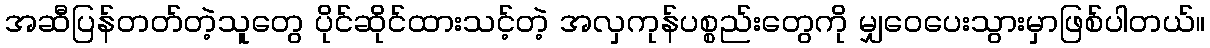
အဆီပြန်တတ်တဲ့သူတွေ ပိုင်ဆိုင်ထားသင့်တဲ့ အလှကုန်ပစ္စည်းတွေကို မျှဝေပေးသွားမှာဖြစ်ပါတယ်။